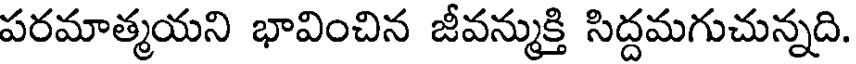
పరమాత్మయని భావించిన జీవన్ముక్తి సిద్దమగుచున్నది.